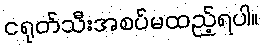
ငရုတ်သီးအစပ်မထည့်ရပါ။